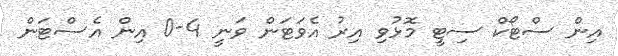
އިން ސްޓޯކް ސިޓީ މޮޅުވި އިރު އެވަޓަން ވަނީ 4-0 އިން އެސްޓަން